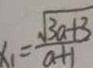
x _ { 1 } = \frac { \sqrt { 3 a + 3 } } { a + 1 }